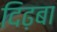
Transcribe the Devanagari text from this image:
दिढ़बा